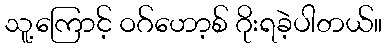
သူ့ကြောင့် ဝဂ်ဟော့စ် ဂိုးရခဲ့ပါတယ်။